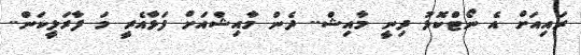
ރައިއަށް އެ ނޯޓްކޮޅު ދިނީ މާއިޝް.. ދެން މާއިޝްއަށް ފަޅާއެރީ މަ ފާރަލީކަން..